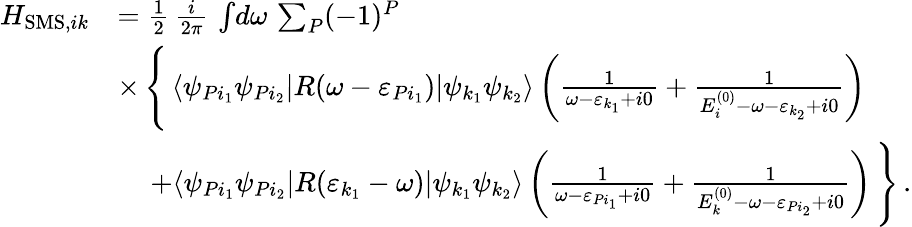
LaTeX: \begin{array}{rl}{H_{\mathrm{SMS},ik}}&{=\frac{1}{2}\, \frac{i}{2\pi}\, \int\! d\omega\, \sum_{P}(-1)^{P}}\\ &{\times\, \Bigg\{ \, \langle\psi_{Pi_{1}}\psi_{Pi_{2}}|R(\omega-\varepsilon_{Pi_{1}})|\psi_{k_{1}}\psi_{k_{2}}\rangle\left(\frac{1}{\omega-\varepsilon_{k_{1}}+i0}+\frac{1}{E_{i}^{(0)}-\omega-\varepsilon_{k_{2}}+i0}\right)}\\ &{\quad\, +\langle\psi_{Pi_{1}}\psi_{Pi_{2}}|R(\varepsilon_{k_{1}}-\omega)|\psi_{k_{1}}\psi_{k_{2}}\rangle\left(\frac{1}{\omega-\varepsilon_{Pi_{1}}+i0}+\frac{1}{E_{k}^{(0)}-\omega-\varepsilon_{Pi_{2}}+i0}\right)\, \Bigg\} \, .}\end{array}